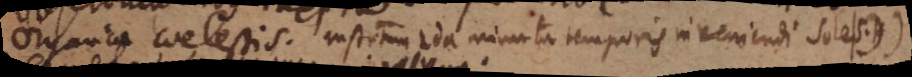
organica coelestis. Instrumentum 2da minuta temporis inveniendi sole|S.H)